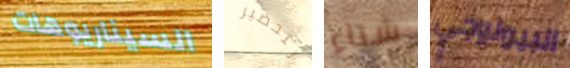
السيناريوهات لتحضير شتاء البيولوجي